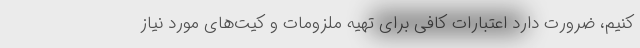
کنیم، ضرورت دارد اعتبارات کافی برای تهیه ملزومات و کیت‌های مورد نیاز